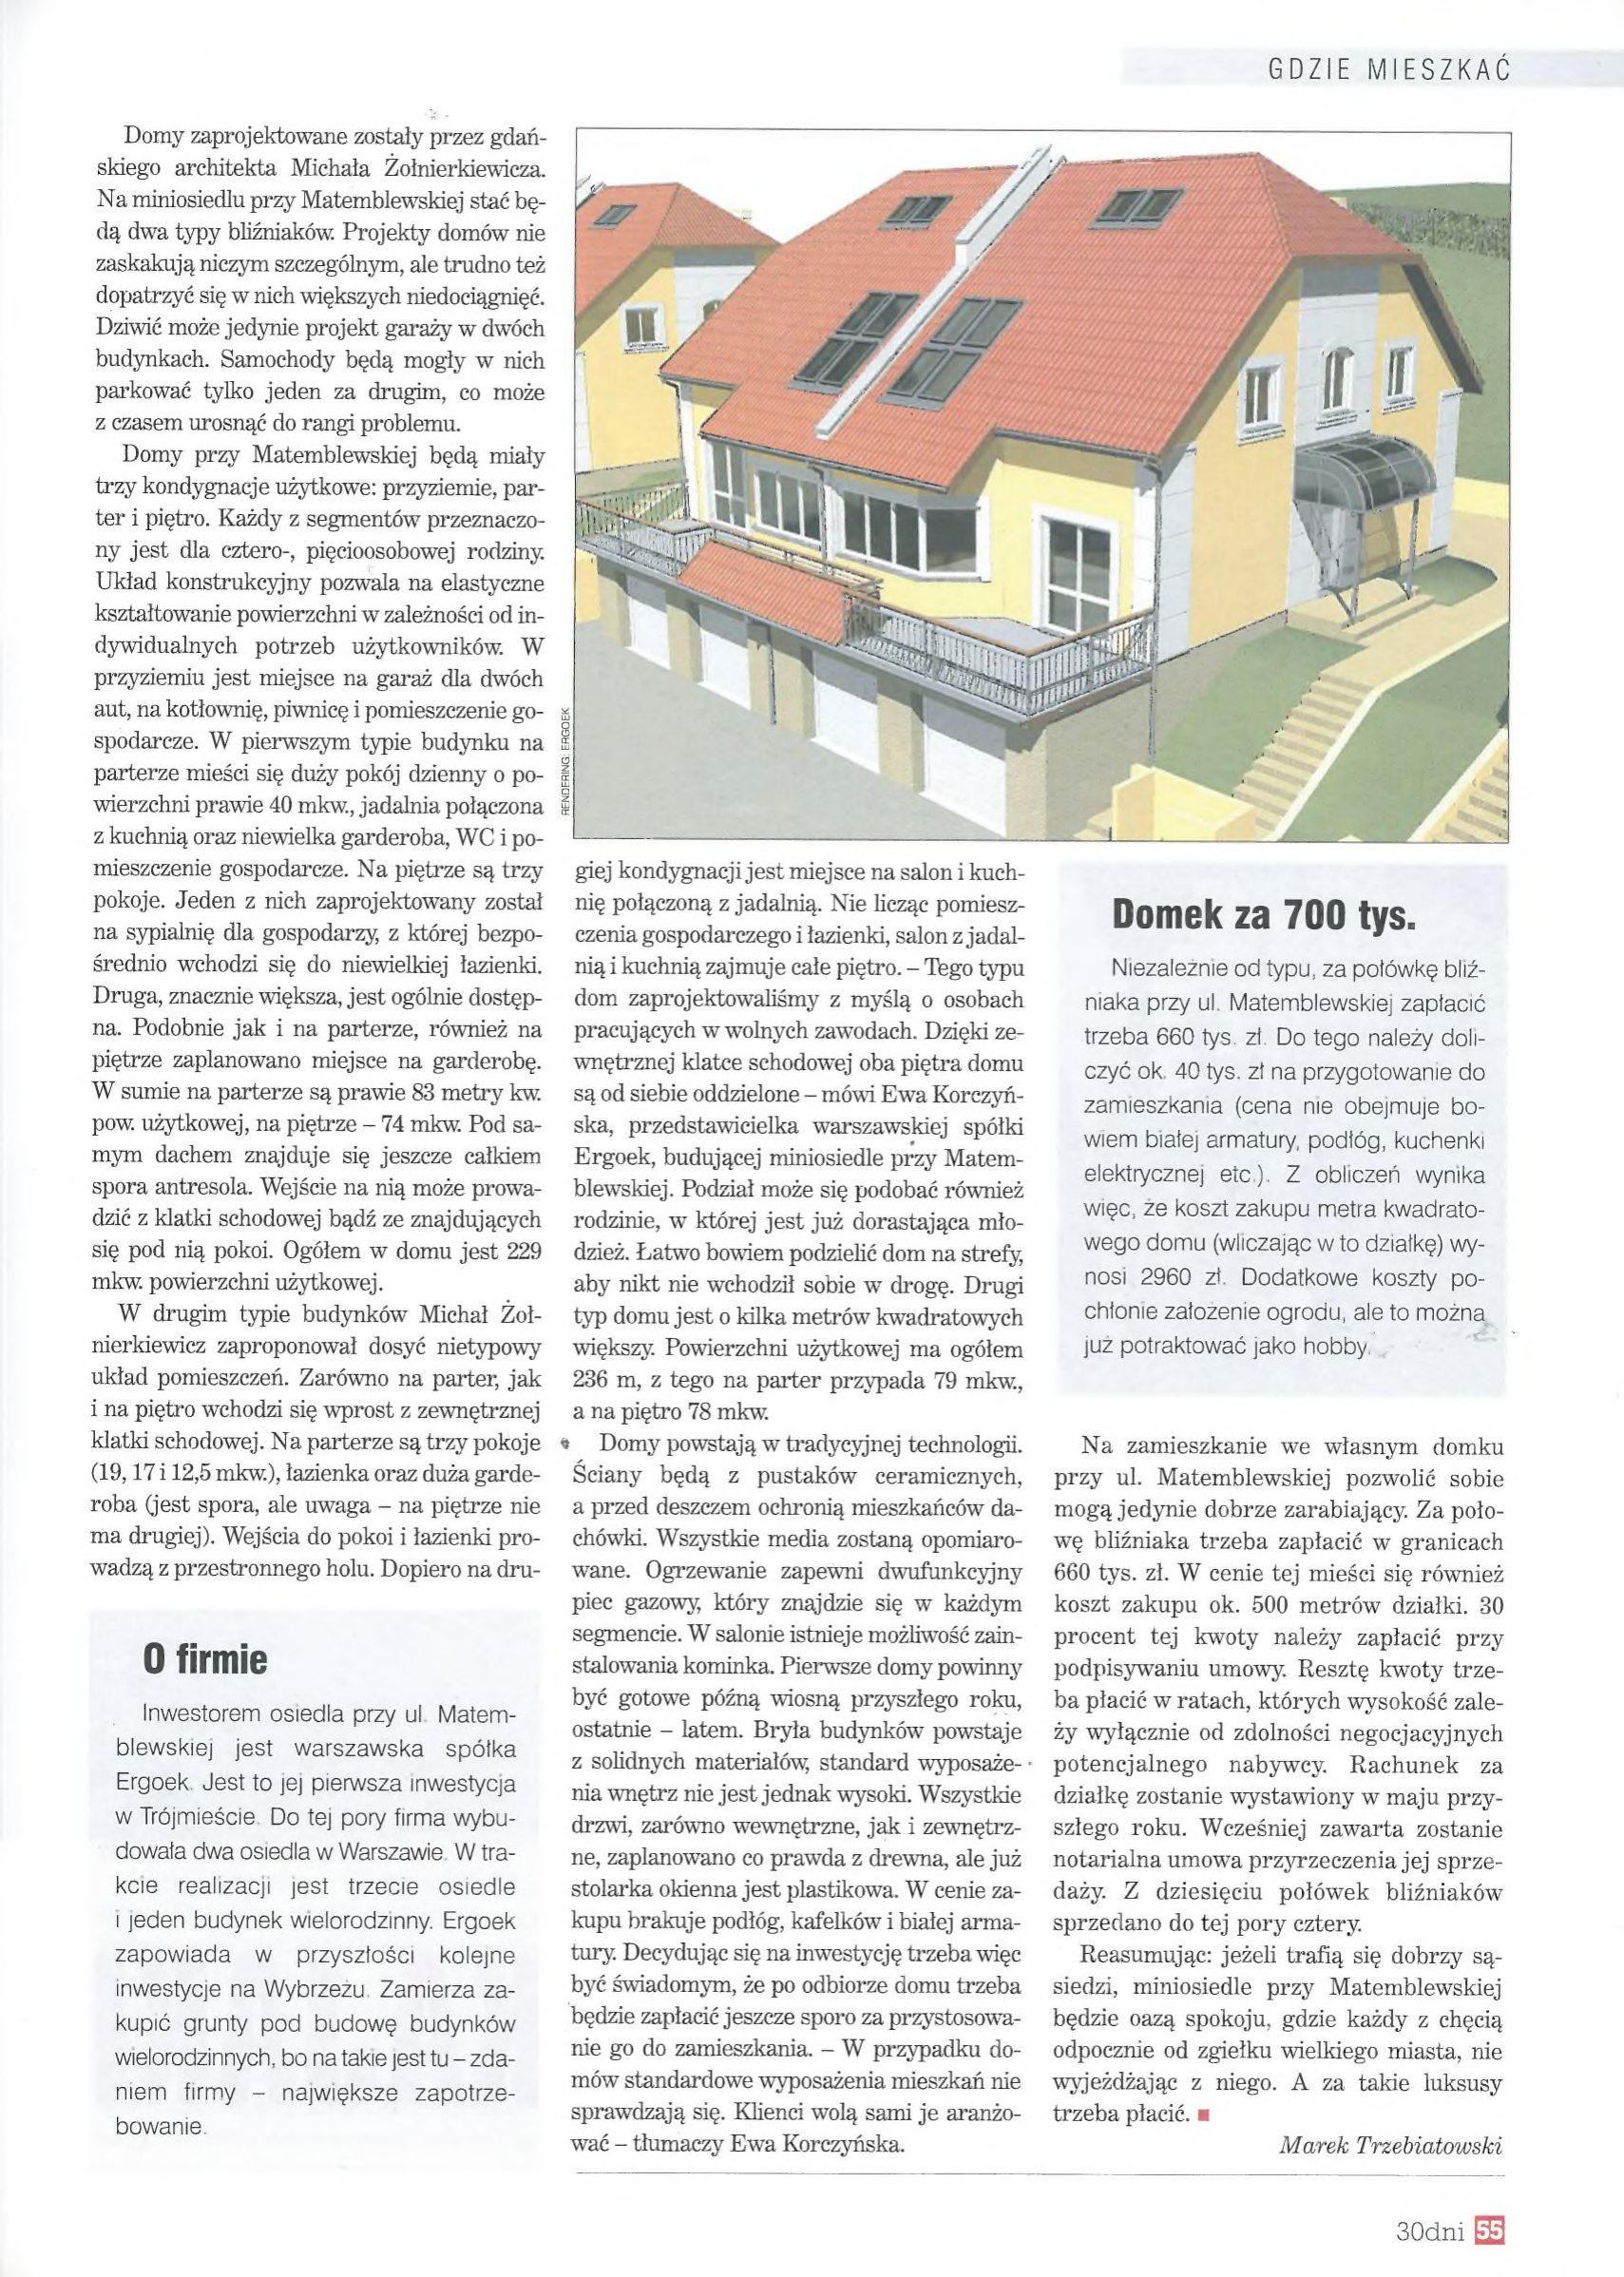
Language: pl